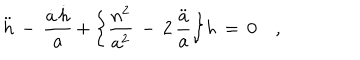
LaTeX: \ddot { h } \, - \, \frac { \dot { a } \, \dot { h } } { a } \, + \, \biggr \{ \frac { n ^ { 2 } } { a ^ { 2 } } \, - \, 2 \, \frac { \ddot { a } } { a } \biggl \} h \, = \, 0 \quad ,